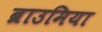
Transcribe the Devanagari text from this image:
ब्राउमिया